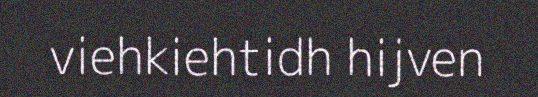
viehkiehtidh hijven